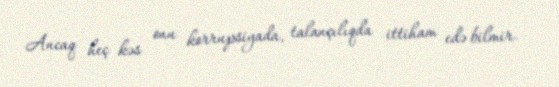
Ancaq heç kəs onu korrupsiyada, talançılıqda ittiham edə bilmir.